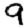
Digit: 9